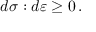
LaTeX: d { \boldsymbol { \sigma } } : d { \boldsymbol { \varepsilon } } \geq 0 \, .